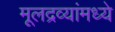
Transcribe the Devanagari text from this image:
मूलद्रव्यांमध्ये